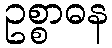
ဥစ္စာဓန